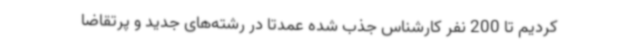
کردیم تا 200 نفر کارشناس جذب شده عمدتا در رشته‌های جدید و پرتقاضا